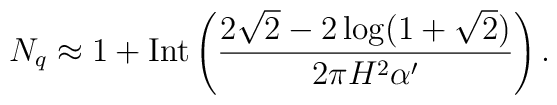
N_q \approx 1+\mbox{Int}\left( \frac{2\sqrt{2}-2\log (1+\sqrt{2})}{2\pi H^2\alpha'}\right).